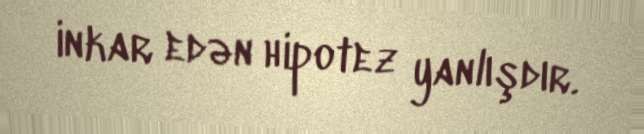
inkar edən hipotez yanlışdır.